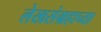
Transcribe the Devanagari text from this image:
लेखसंग्रहाच्या